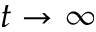
t \rightarrow \infty